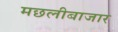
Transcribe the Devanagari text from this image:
मछलीबाजार